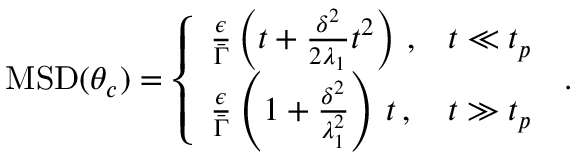
\begin{array} { r } { \mathrm { M S D } ( \theta _ { c } ) = \left\{ \begin{array} { l l } { \frac { \epsilon } { \bar { \Gamma } } \left( t + \frac { \delta ^ { 2 } } { 2 \lambda _ { 1 } } t ^ { 2 } \right) \, , } & { t \ll t _ { p } } \\ { \frac { \epsilon } { \bar { \Gamma } } \left( 1 + \frac { \delta ^ { 2 } } { \lambda _ { 1 } ^ { 2 } } \right) \, t \, , } & { t \gg t _ { p } \, } \end{array} \right. . } \end{array}